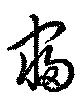
寢